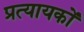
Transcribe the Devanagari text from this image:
प्रत्यायकों